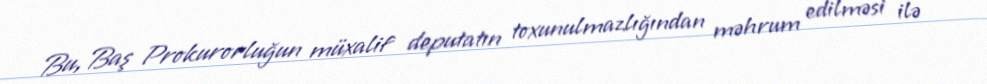
Bu, Baş Prokurorluğun müxalif deputatın toxunulmazlığından məhrum edilməsi ilə